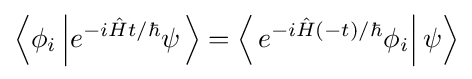
\left\langle \phi _{i}\left|e^{-i{\hat {H}}t/\hbar }\psi \right.\right\rangle =\left\langle \left.e^{-i{\hat {H}}(-t)/\hbar }\phi _{i}\right|\psi \right\rangle